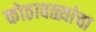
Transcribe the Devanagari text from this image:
कोठावळ्यांचा